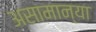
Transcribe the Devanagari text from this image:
असामान्या